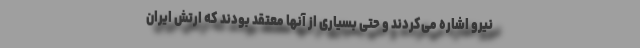
نیرو اشاره می‌کردند و حتی بسیاری از آنها معتقد بودند که ارتش ایران